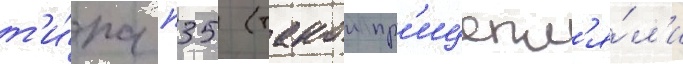
т'и́па п35 (такои пр'ицепл'я́л'и